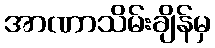
အာဏာသိမ်းချိန်မှ